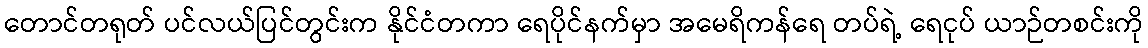
တောင်တရုတ် ပင်လယ်ပြင်တွင်းက နိုင်ငံတကာ ရေပိုင်နက်မှာ အမေရိကန်ရေ တပ်ရဲ့ ရေငုပ် ယာဉ်တစင်းကို